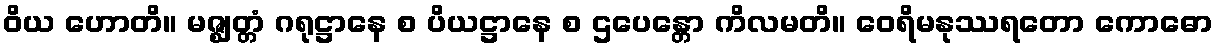
ဝိယ ဟောတိ။ မဇ္ဈတ္တံ ဂရုဋ္ဌာနေ စ ပိယဋ္ဌာနေ စ ဌပေန္တော ကိလမတိ။ ဝေရိမနုဿရတော ကောဓော